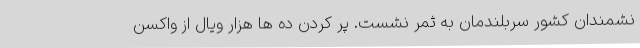
نشمندان کشور سربلندمان به ثمر نشست. پر کردن ده ها هزار ویال از واکسن